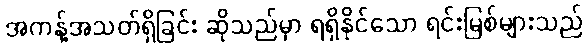
အကန့်အသတ်ရှိခြင်း ဆိုသည်မှာ ရရှိနိုင်သော ရင်းမြစ်များသည်